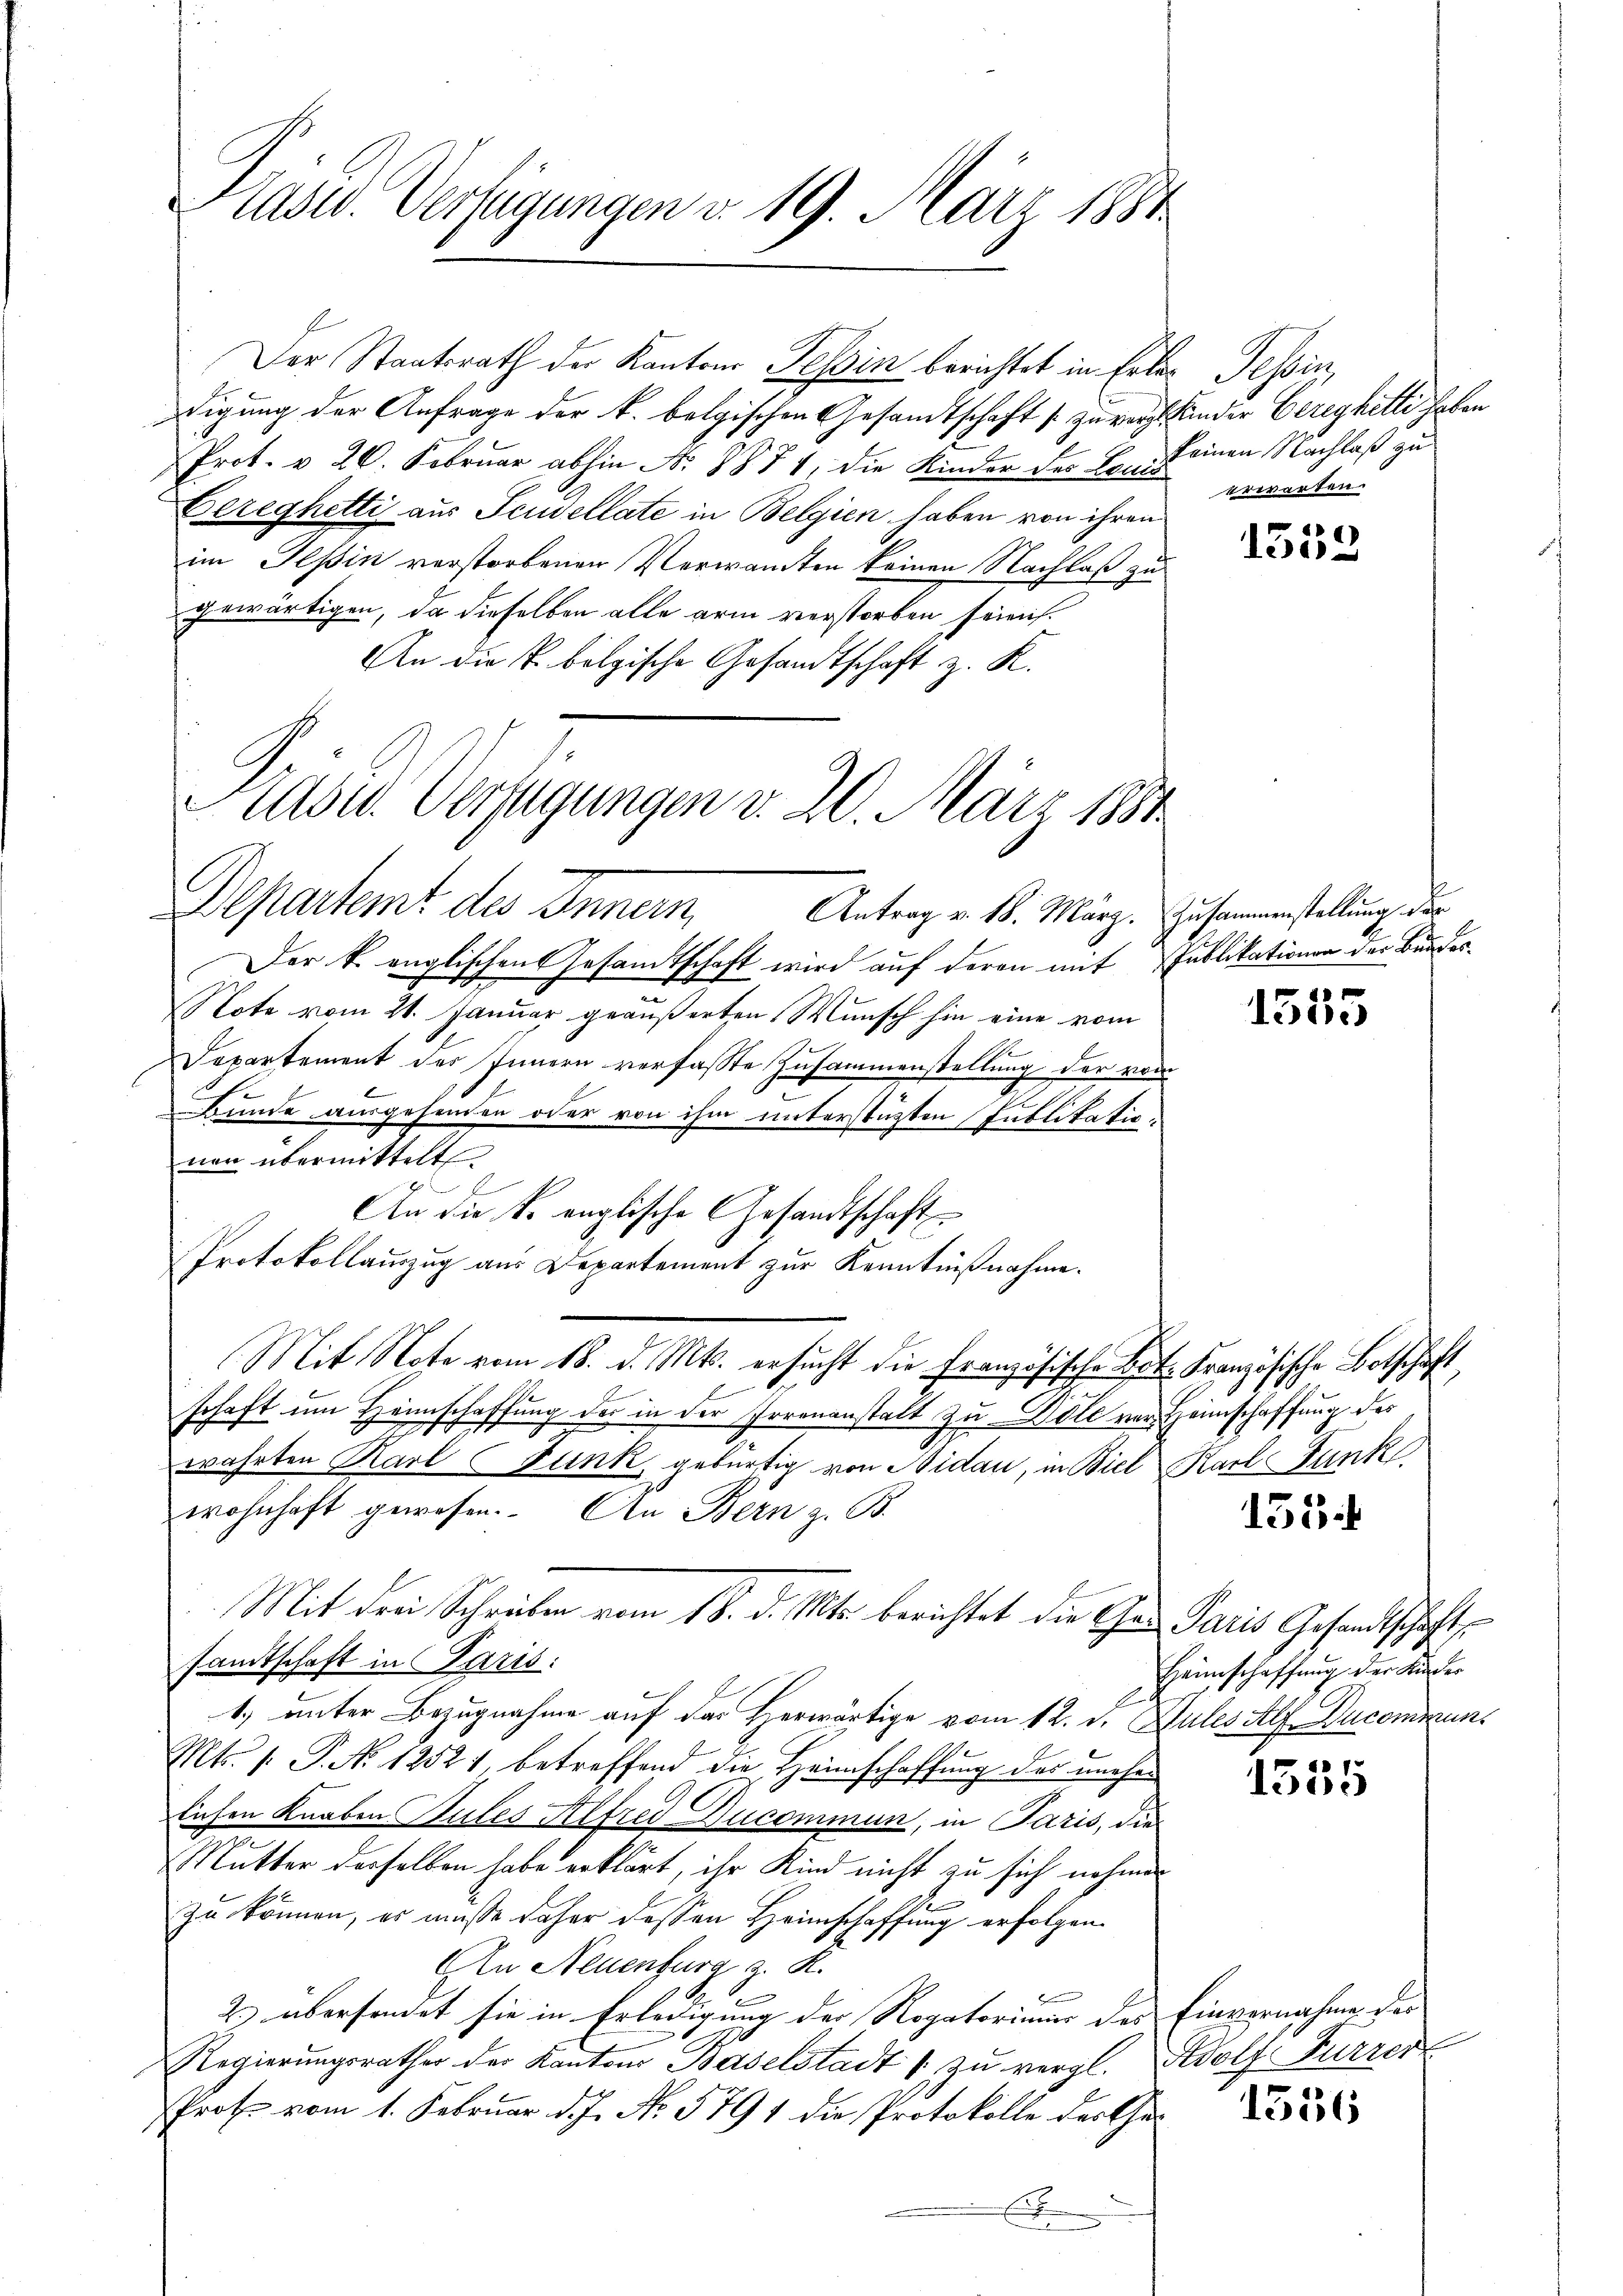
Präsid. Verfügungen v. 19. März 1881

Der Staatsrath der Kantons Tessin berichtet in Erler Tessin,
digung der Anfrage der k. belgischen Gesandtschaft s. zu verge¬
Prot. v. 26. Februar abhin Nr. 8874, die Kinder des Benz einen Nachlaß zu
Bereghetti aus Scudellate in Belgien haben von ihren
im Tessin verstorbenen Verwandten keinen Nachlaß zu
gewärtigen, da dieselben alle arm verstorben seien.
An die k. bolgische Gesandtschaft z. R.
Aase Verfügungen v. 20. März 1881.

Departemt des Innern
Antrag v. 18. März. Zusammenstellung der

Der k. englischen Gesandtschaft wird auf deren mit Publikationen der Brudern
Note vom 21. Januar geäußerten Wunsch hin eine vom
Departement des Innern verfasste Zusammenstellung der vom
E
BBunde ausgehenden oder von ihm unterstützten Publikationen übermittelt.
An die k. englische Gesandtschaft
Protokollauszug aus Departement zur Kenntnißnahme.
Mit Note vom 18. d. Mts. ersucht die Französische Bot. Französische Bothschaft
schaft um Heimschaffung des in der Irrenanstalt zu Dole vor Heimschaffung des
wahrten Karl Funk gebürtig von Nidau, in Biel Karl Funk
wohnhaft gewesen. An Bern z. B.
Mit der Schreiben vom 18. d. Mts. berichtet die Gen Paris Gesandtschaft
sandtschaft in Paris:
1.) unter Bezugnahme auf das Herwärtige vom 12. d. Jules Alf Ducommuns
Mts. 1. P. No. 12521. betreffend die Heimschaffung der unehelichen Knaben Gutes Alfred Ducommun, in Paris, die
Mutter derselben habe erklärt, ihr Kind nicht zu sich nehmen
zu können, es müsse daher dessen Heimschaffung erfolgen.
An Neuenburg z. R.
2. übersendet sie in Erledigung der Rogatorimir des Einvernahme des
Regierungsrather der Kantons Baselstadt u zŭ vergl. Adolf Furrer
Prote vom 1. Februar d. J. No. 5791 die Protokolle der Cher
E

Stander Bereghilli haben
erwarten.

1359

1535

155.

Heimschaffung der Kinder

1555

1556